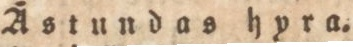
Ästundas hyra.